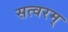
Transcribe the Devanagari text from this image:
सत्वरम्